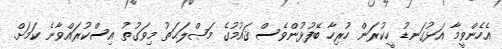
އެހެންވީމާ އަޅުގަނޑު ހީކުރަން ހުރިހާ ބޭފުޅުންވެސް ޤައުމުގެ މަޞްލަޙަތު މިވަގުތު އިސްކުރައްވާނެ ކަމަށް.